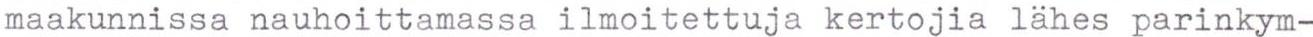
maakunnissa nauhoittamassa ilmoitettuja kertojia lähes parinkym-